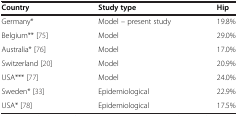
<table><thead><tr><td><b>Country</b></td><td><b>Study type</b></td><td><b>Hip</b></td></tr></thead><tbody><tr><td>Germany*</td><td>Model – present study</td><td>19.8%</td></tr><tr><td>Belgium**[75]</td><td>Model</td><td>29.0%</td></tr><tr><td>Australia*[76]</td><td>Model</td><td>17.0%</td></tr><tr><td>Switzerland[20]</td><td>Model</td><td>20.9%</td></tr><tr><td>USA***[77]</td><td>Model</td><td>24.0%</td></tr><tr><td>Sweden*[33]</td><td>Epidemiological</td><td>22.9%</td></tr><tr><td>USA*[78]</td><td>Epidemiological</td><td>17.5%</td></tr></tbody></table>